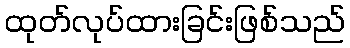
ထုတ်လုပ်ထားခြင်းဖြစ်သည်